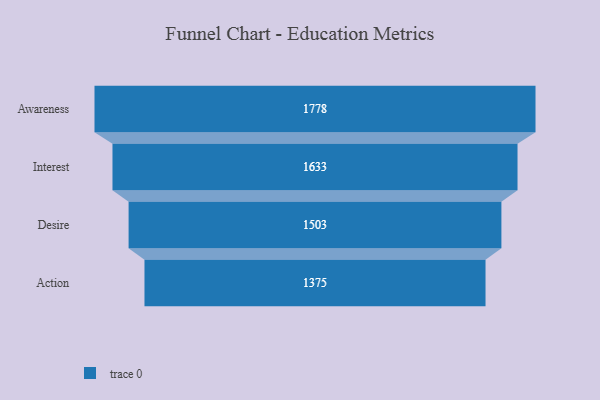
{"axis": {"x": "Stage", "y": "Value"}, "legend": [""], "data": [{"x": "Awareness", "y": 1778.0, "type": ""}, {"x": "Interest", "y": 1633.0, "type": ""}, {"x": "Desire", "y": 1503.0, "type": ""}, {"x": "Action", "y": 1375.0, "type": ""}]}